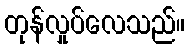
တုန်လှုပ်လေသည်။